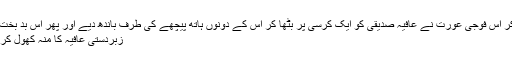
غصہ میں آکر اس فوجی عورت نے عافیہ صدیقی کو ایک کرسی پر بٹھا کر اس کے دونوں ہاتھ پیچھے کی طرف باندھ دیے اور پھر اس بد بخت عورت نے
زبردستی عافیہ کا منہ کھول کر شراب ڈالی۔